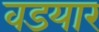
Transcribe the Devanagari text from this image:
वडयार